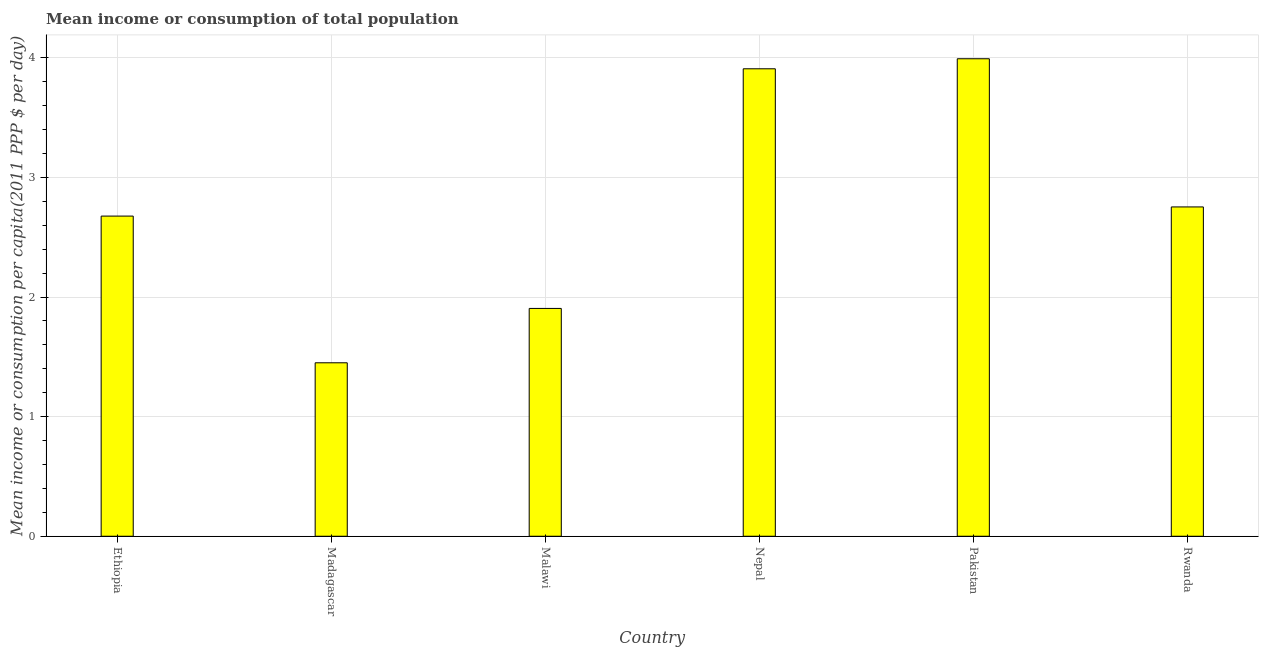
| Country | Total population |
 | --- | --- |
 | Ethiopia | 2.68 |
 | Madagascar | 1.45 |
 | Malawi | 1.9 |
 | Nepal | 3.91 |
 | Pakistan | 3.99 |
 | Rwanda | 2.75 |